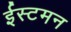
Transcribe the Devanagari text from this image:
ईस्टमन